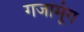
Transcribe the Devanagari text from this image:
गजामूंग